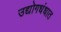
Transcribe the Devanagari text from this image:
उद्योगधंधात